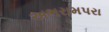
અભરામપરા